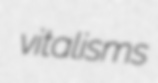
vitalisms